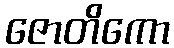
ဇောတိကော